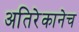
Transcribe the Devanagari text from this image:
अतिरेकानेच